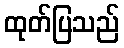
ထုတ်ပြသည်